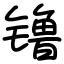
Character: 镥